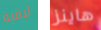
لبقية هاينز